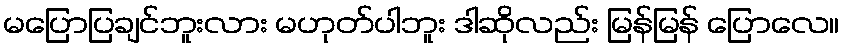
မပြောပြချင်ဘူးလား မဟုတ်ပါဘူး ဒါဆိုလည်း မြန်မြန် ပြောလေ။